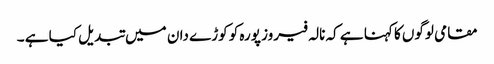
مقامی لوگوں کا کہنا ہے کہ نالہ فیروز پورہ کو کوڑے دان میں تبدیل کیا ہے ۔